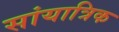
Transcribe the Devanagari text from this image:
सांयात्रिक